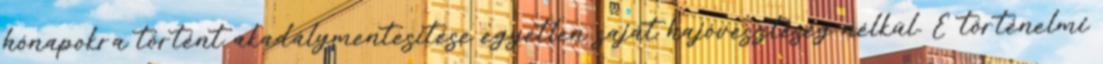
hónapokra történt akadálymentesítése egyetlen saját hajóveszteség nélkül. E történelmi